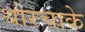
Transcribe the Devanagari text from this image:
थोरचाके